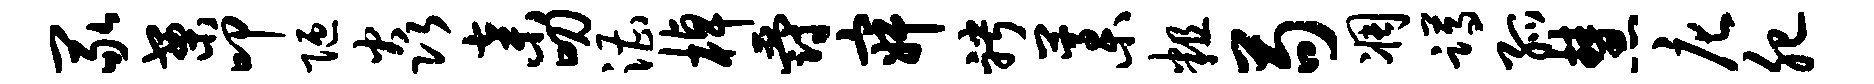
冢案叩陋焱弃叨漕棹爵寂聘藁粗苟凋蹲孤慧庀肥